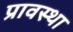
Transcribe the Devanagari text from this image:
प्रावस्‍था